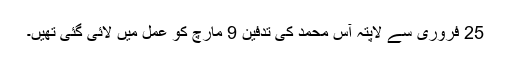
25 فروری سے لاپتہ آس محمد کی تدفین 9 مارچ کو عمل میں لائی گئی تھیں۔